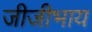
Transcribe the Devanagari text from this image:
जीजीभाय